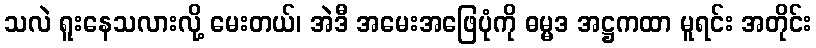
သလဲ ရူးနေသလားလို့ မေးတယ်၊ အဲဒီ အမေးအဖြေပုံကို ဓမ္မဒ အဋ္ဌကထာ မူရင်း အတိုင်း